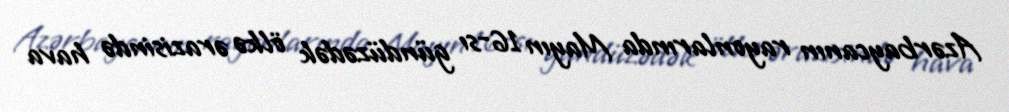
Azərbaycanın rayonlarında Mayın 16-sı gündüzədək ölkə ərazisində hava